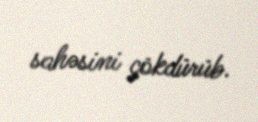
sahəsini çökdürüb.